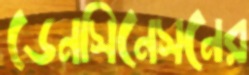
ডেনসিনেসনের